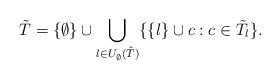
LaTeX: \begin{align*}\tilde{T}=\{\emptyset\}\cup\bigcup_{l\in U_{\emptyset}(\tilde{T})}\{\{l\}\cup c:c\in\tilde{T}_l\}.\end{align*}